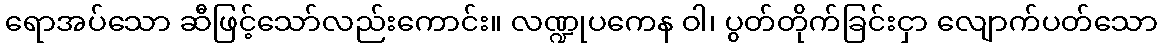
ရောအပ်သော ဆီဖြင့်သော်လည်းကောင်း။ လဏ္ဍုပကေန ဝါ၊ ပွတ်တိုက်ခြင်းငှာ လျောက်ပတ်သော